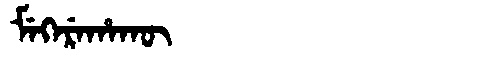
Manchu: ᠮᡝᡴᡝᡵᡝᡥᠠᡴᡡ
Romanization: MEKEREHAKŪ